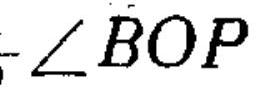
$\angle BOP$